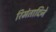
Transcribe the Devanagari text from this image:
रिमंतादिने